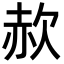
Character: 赥